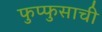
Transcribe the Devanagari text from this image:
फुप्फुसाची